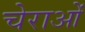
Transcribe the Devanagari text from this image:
चेराओं